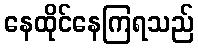
နေထိုင်နေကြရသည်